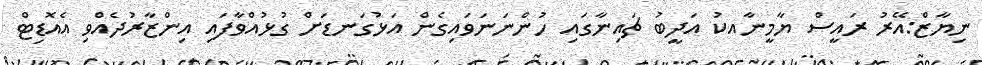
ނިޔާޒް:އޭރު ރައީސް ޔާމީނާއކު އަދީބު ޗައިނާގައި ހުންނަނަވައިގެން އަޅުގަނޑަށް ގުޅުއްވާފައި އިންޒާރުދެއްވި އެއޮޑިޓް